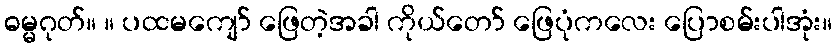
ဓမ္မဂုတ်။ ။ ပထမကျော် ဖြေတဲ့အခါ ကိုယ်တော် ဖြေပုံကလေး ပြောစမ်းပါအုံး။